Indian journal of veterinary science and animal husbandry - Volume 10,
Year: 1940
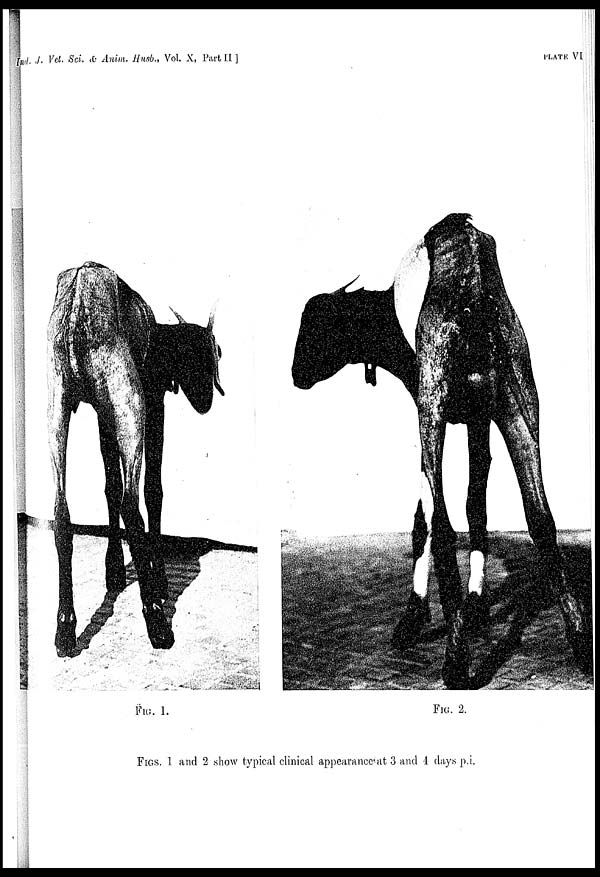
Ind. J. Vet. Sci. & Anim. Husb., Vol. X, Part II ]
PLATE
VI
FIG. 1.
FIG. 2.
FIGS. 1 and 2 show typical clinical appearance at 3 and 4 days p.i.